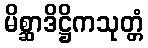
မိစ္ဆာဒိဋ္ဌိကသုတ္တံ